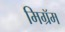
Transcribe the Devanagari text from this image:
मिग्रॅम